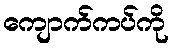
ကျောက်ကပ်ကို